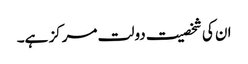
ان کی شخصیت دولت مرکز ہے۔